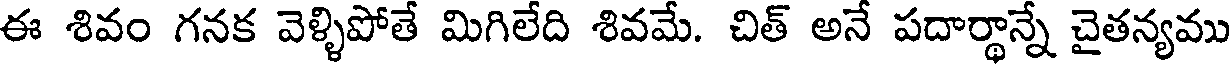
ఈ శివం గనక వెళ్ళిపోతే మిగిలేది శివమే. చిత్ అనే పదార్థాన్నే చైతన్యము